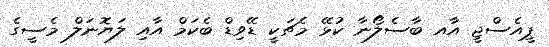
ޕީއެސްޖީ އާއ ބާސެލޯނާ ކުޅޭ މެޗަކީ ޑޭވިޑް ބެކަމް އާއި ލަޔޮނަލް މެސީގެ